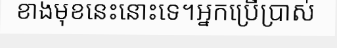
ខាងមុខនេះនោះទេ។អ្នកប្រើប្រាស់